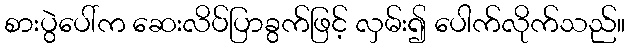
စားပွဲပေါ်က ဆေးလိပ်ပြာခွက်ဖြင့် လှမ်း၍ ပေါက်လိုက်သည်။